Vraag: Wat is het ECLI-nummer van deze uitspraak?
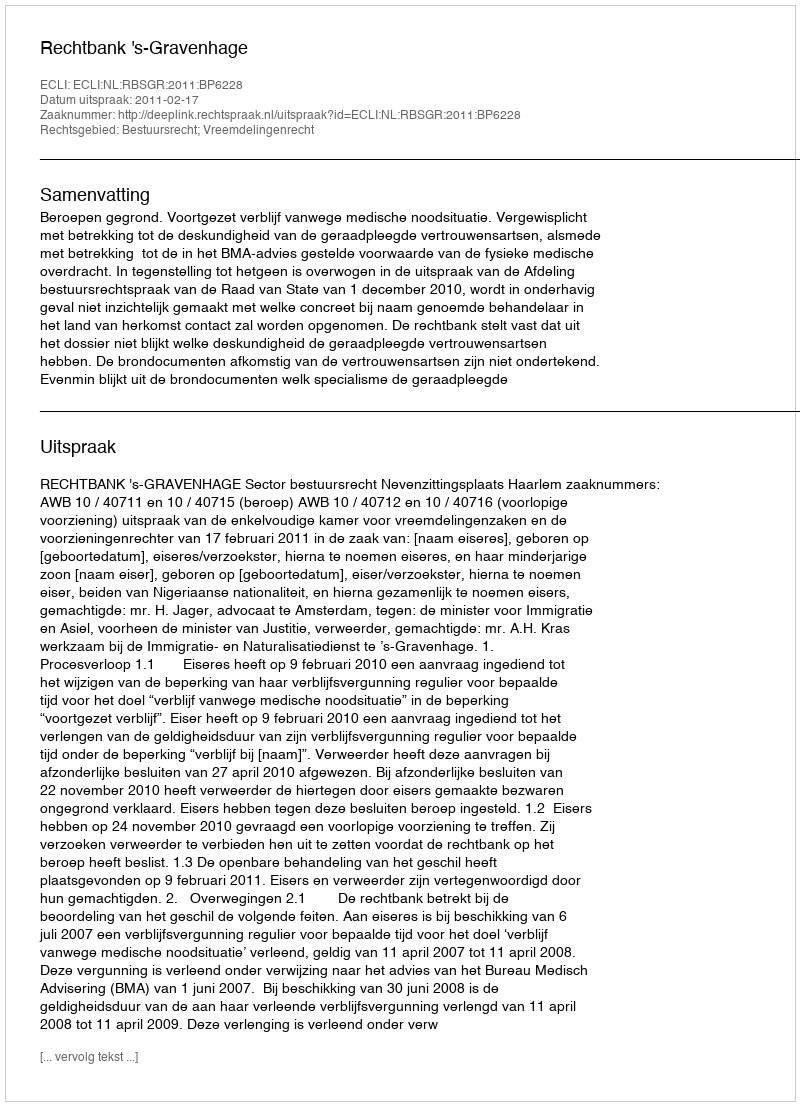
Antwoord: ECLI:NL:RBSGR:2011:BP6228